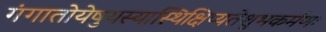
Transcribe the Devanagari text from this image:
गंगातोयेषुयस्यास्थिक्षिप्यतेशुभकर्मणः